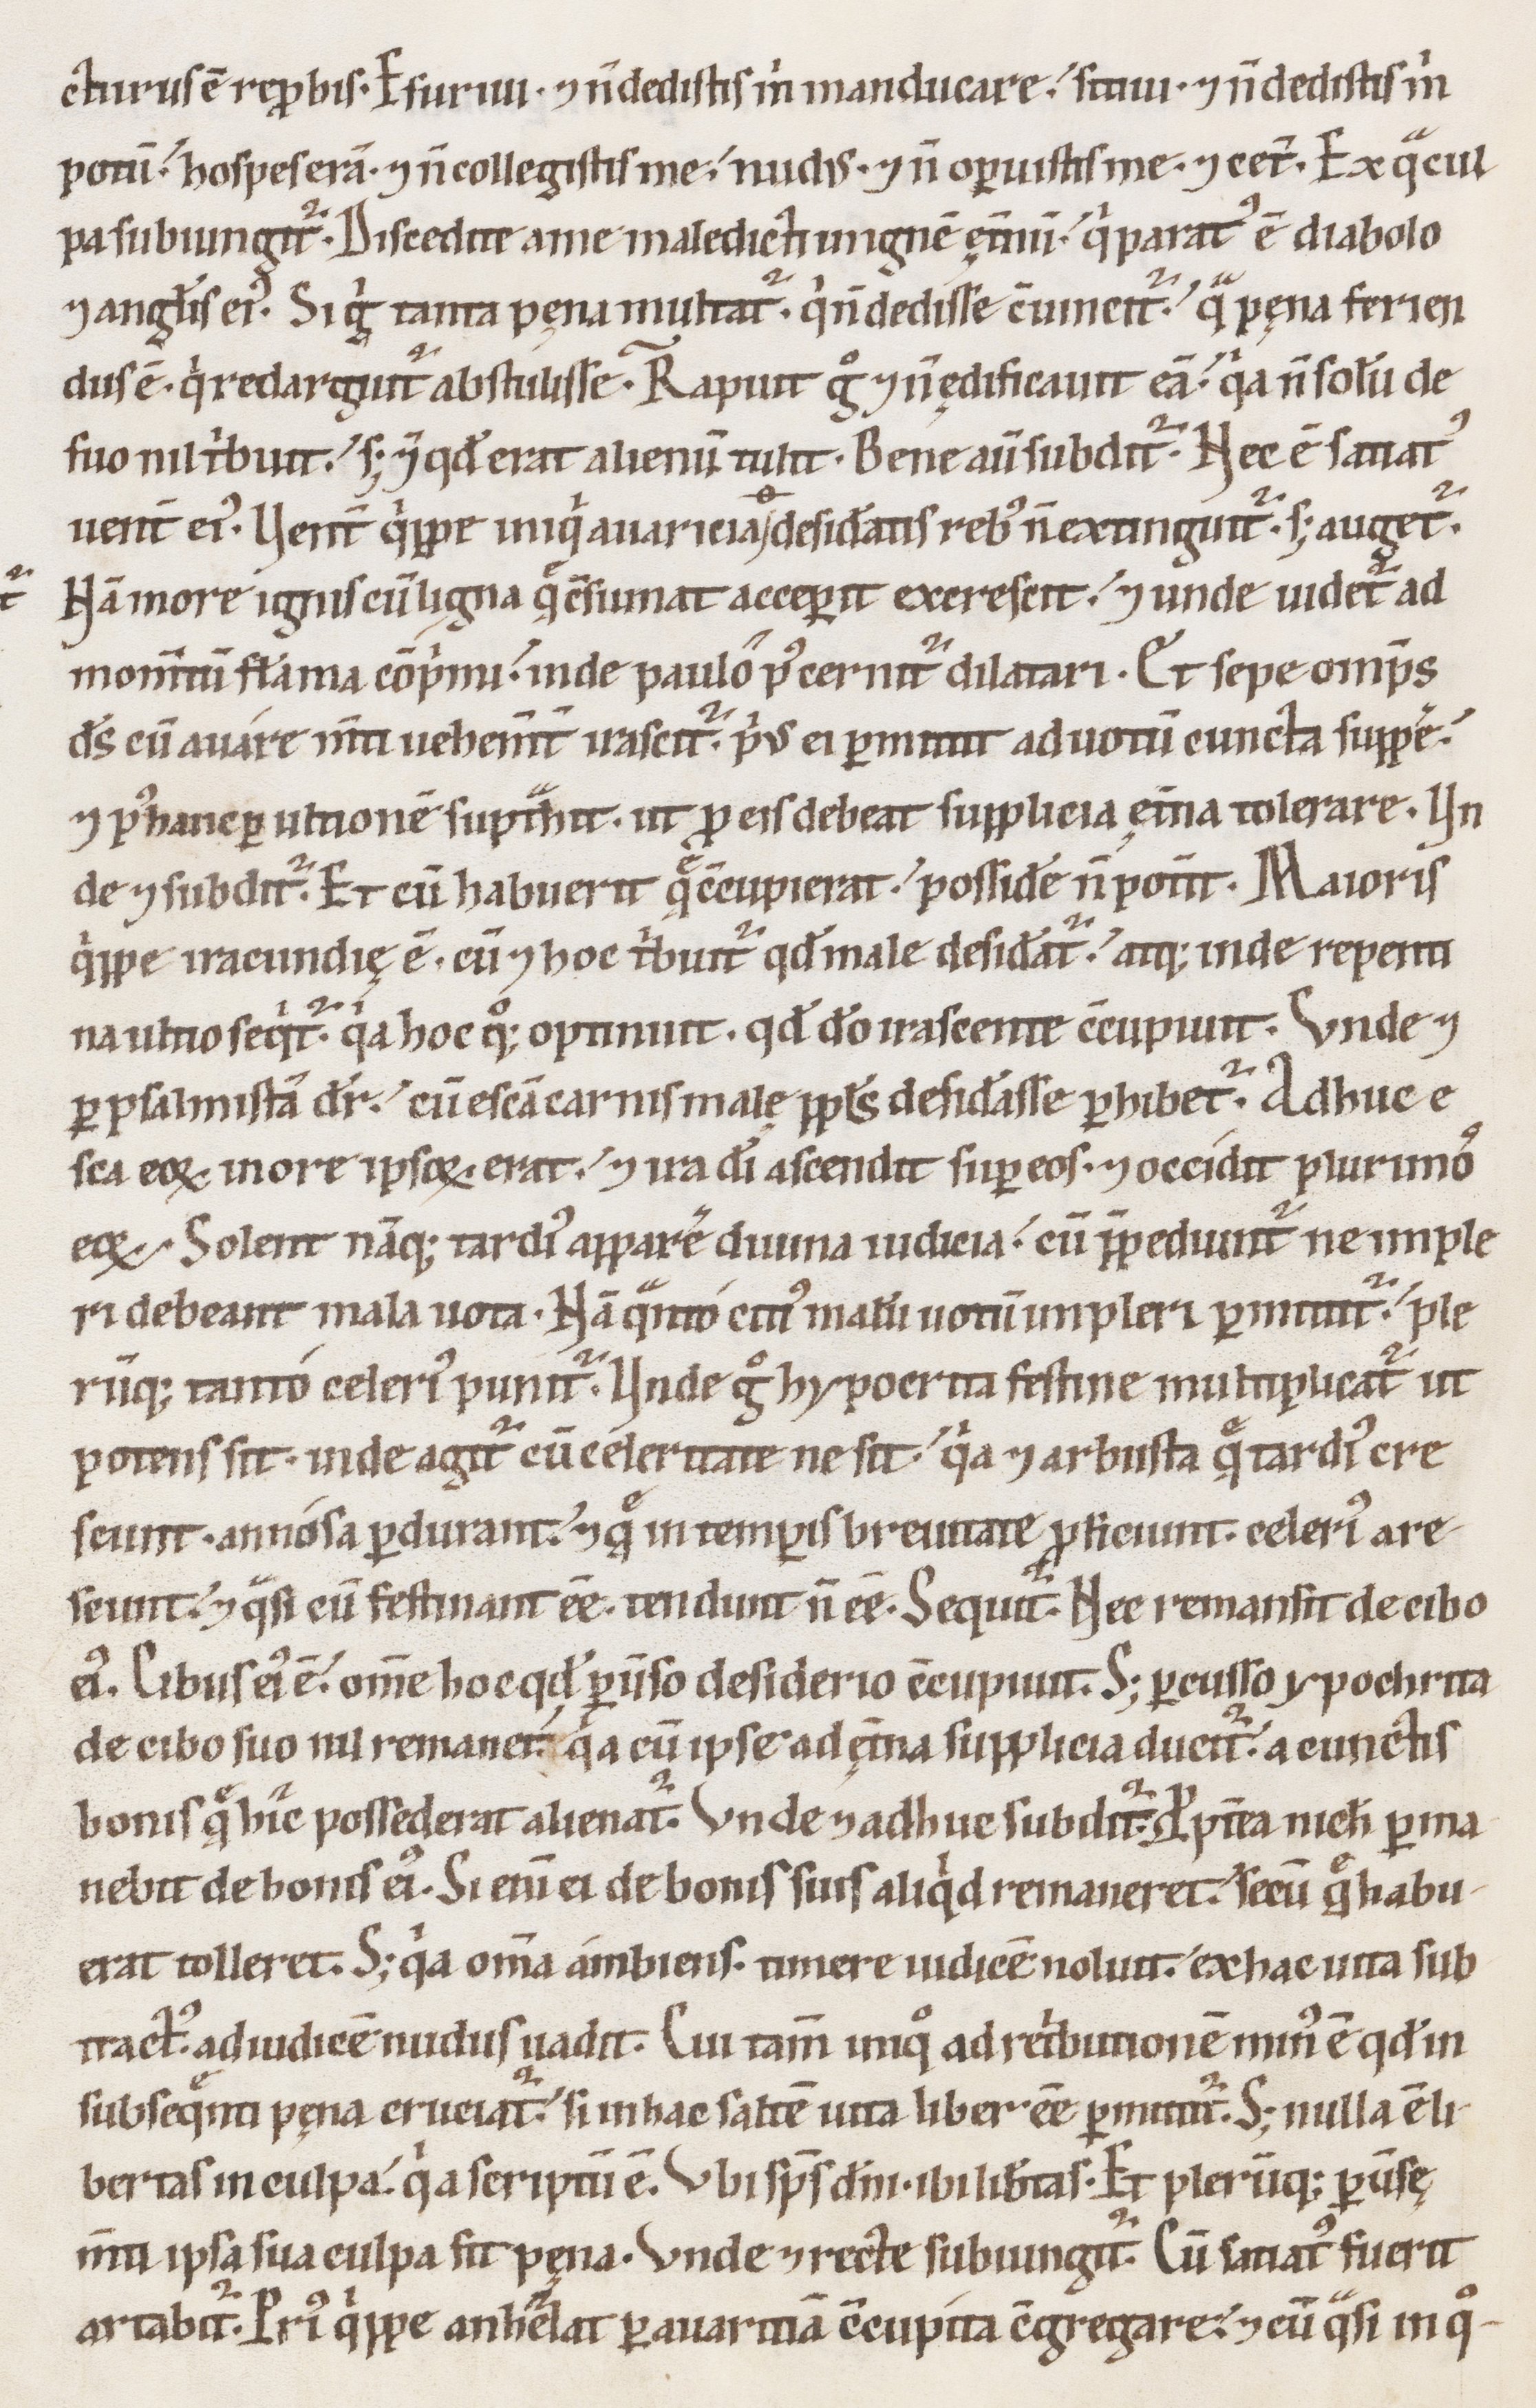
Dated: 1100–1199